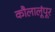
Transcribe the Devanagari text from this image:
कौलालूंपूर